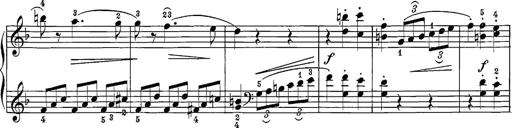
Title: 12 Sonatine per Pianoforte
Composer: Friedrich Kuhlau